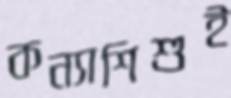
কন্যাশিশুই